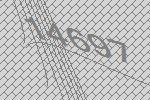
14697